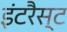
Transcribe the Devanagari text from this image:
इंटरैस्ट